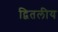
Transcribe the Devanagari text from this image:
द्वितलीय